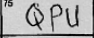
Transcription: QPU